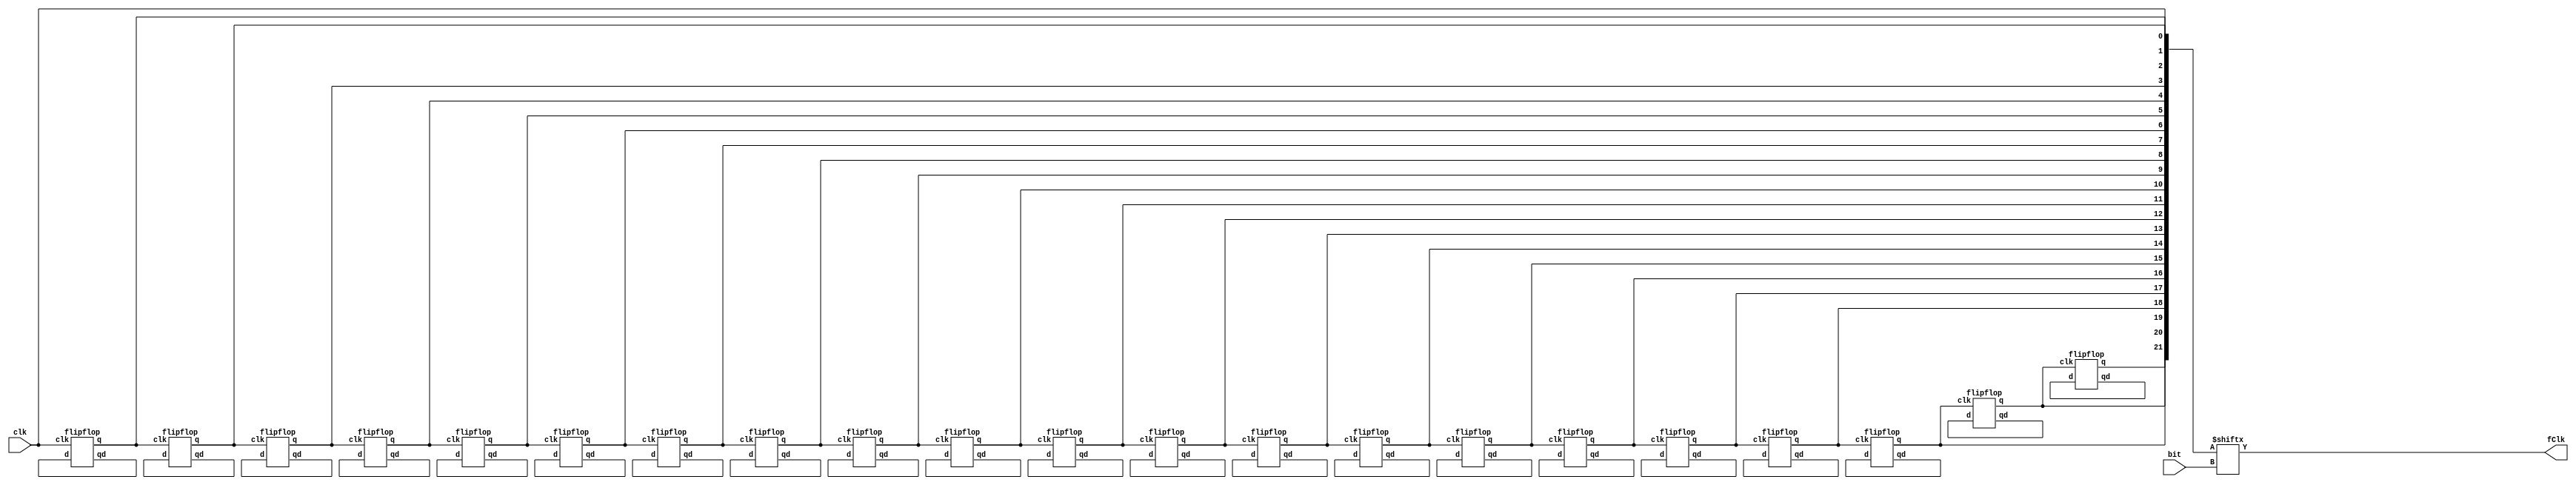
`timescale 1ns / 1ps
//////////////////////////////////////////////////////////////////////////////////
// Company: 
// Engineer: 
// 
// Design Name: 
// Module Name: clkDivide
// Project Name: 
// Target Devices: 
// Tool Versions: 
// Description: 
// 
// Dependencies: 
// 
// Revision:
// Revision 0.01 - File Created
// Additional Comments:
// 
//////////////////////////////////////////////////////////////////////////////////


module clkDivide(
    output reg fClk,
    input wire clk,
    input wire [4:0] bit
    );
parameter bitDiv=22;

wire [bitDiv-1:0] f, d;

assign f[0] = clk;

genvar i;
for(i=1;i<bitDiv;i = i+1)
    begin
    flipflop ff(f[i], d[i], d[i], f[i-1]);
    end
always @(f[bit[4:0]]) fClk = f[bit[4:0]];
    
endmodule


module flipflop(
    output reg q,
    output reg qd,
    input wire d,
    input wire clk
    );

reg st;

initial st = 0;

always @(posedge clk) st = d;
always @(st)
begin
    q = st;
    qd = !st;
end
endmodule